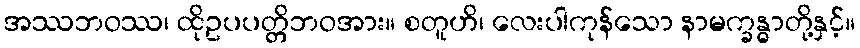
အဿဘဝဿ၊ ထိုဥပပတ္တိဘဝအား။ စတူဟိ၊ လေးပါကုန်သော နာမက္ခန္ဓာတို့နှင့်။